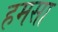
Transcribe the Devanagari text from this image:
हमसा